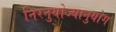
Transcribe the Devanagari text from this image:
निरनुयोज्यानुयोग